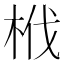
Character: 栰